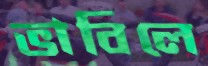
ভাবিলে